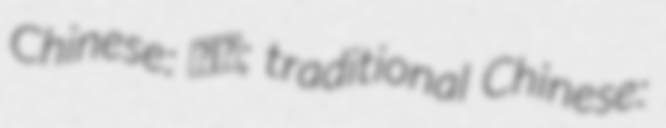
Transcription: Chinese: 朱标; traditional Chinese: